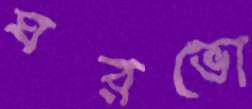
ঘরভো